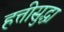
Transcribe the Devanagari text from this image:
हत्तीसुद्धा